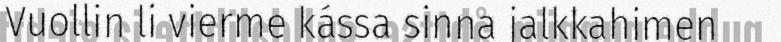
Vuollin li vierme kássa sinna jalkkahimen